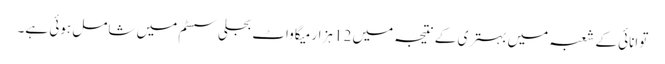
توانائی کے شعبہ میں بہتری کے نتیجہ میں 12 ہزار میگاواٹ بجلی سسٹم میں شامل ہوئی ہے۔